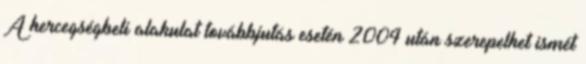
A hercegségbeli alakulat továbbjutás esetén 2004 után szerepelhet ismét